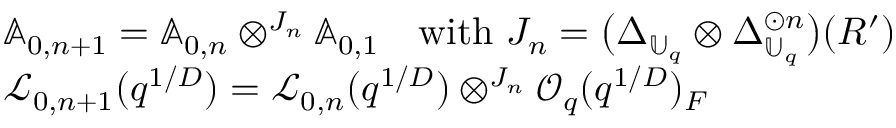
\begin{array} { r l } & { \mathbb { A } _ { 0 , n + 1 } = \mathbb { A } _ { 0 , n } \otimes ^ { J _ { n } } \mathbb { A } _ { 0 , 1 } \quad \mathrm { w i t h ~ } J _ { n } = \bigl ( \Delta _ { \mathbb { U } _ { q } } \otimes \Delta _ { \mathbb { U } _ { q } } ^ { \odot n } \bigr ) ( R ^ { \prime } ) } \\ & { \mathcal { L } _ { 0 , n + 1 } ( q ^ { 1 / D } ) = \mathcal { L } _ { 0 , n } ( q ^ { 1 / D } ) \otimes ^ { J _ { n } } \mathcal { O } _ { q } ( q ^ { 1 / D } ) _ { F } } \end{array}